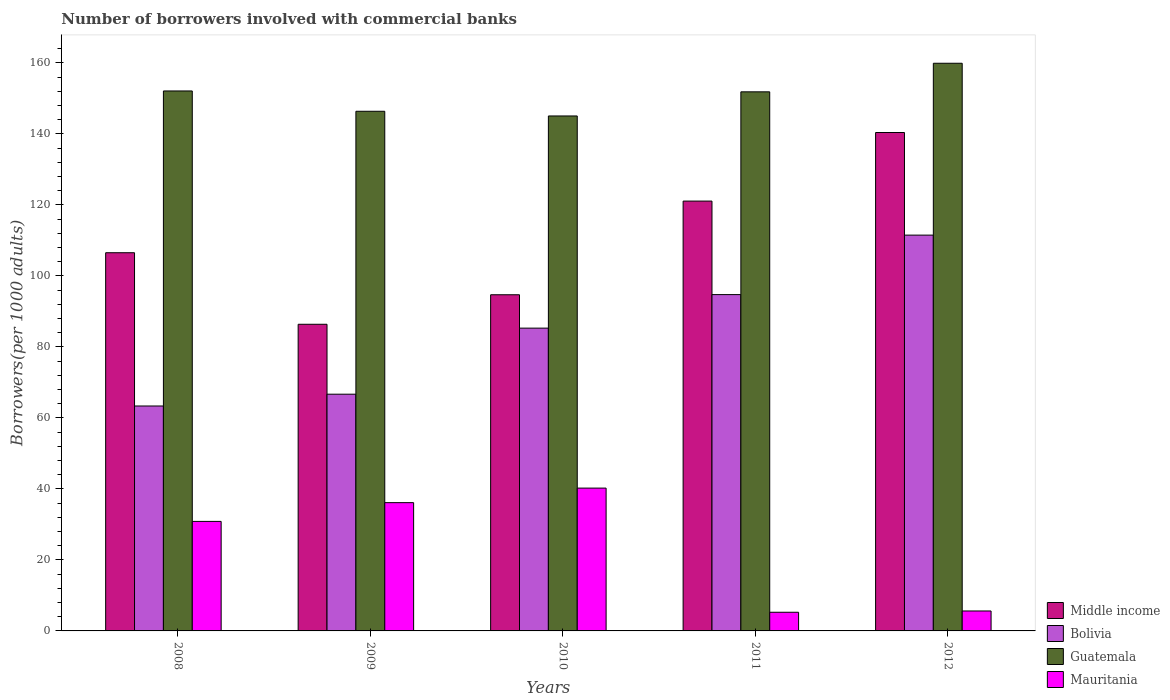
| Years | Middle income | Bolivia | Guatemala | Mauritania |
 | --- | --- | --- | --- | --- |
 | 2008 | 107 | 63.4 | 152 | 30.8 |
 | 2009 | 86.4 | 66.7 | 146 | 36.1 |
 | 2010 | 94.7 | 85.3 | 145 | 40.2 |
 | 2011 | 121 | 94.7 | 152 | 5.26 |
 | 2012 | 140 | 111 | 160 | 5.62 |